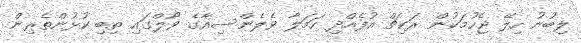
ލިބުނު ހިލޭ ޖެހުމަކުން ރަކިޗް އުފެއްދި ހަމަލާ ވެލެންސިއާގެ ވޯލްގައި ތިބި ކުޅުންތެރިން